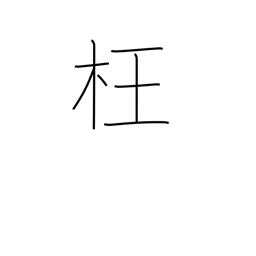
Meaning: perverse